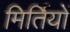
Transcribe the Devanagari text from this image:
मिर्तियों